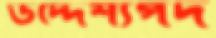
উদ্দেশ্যপদ